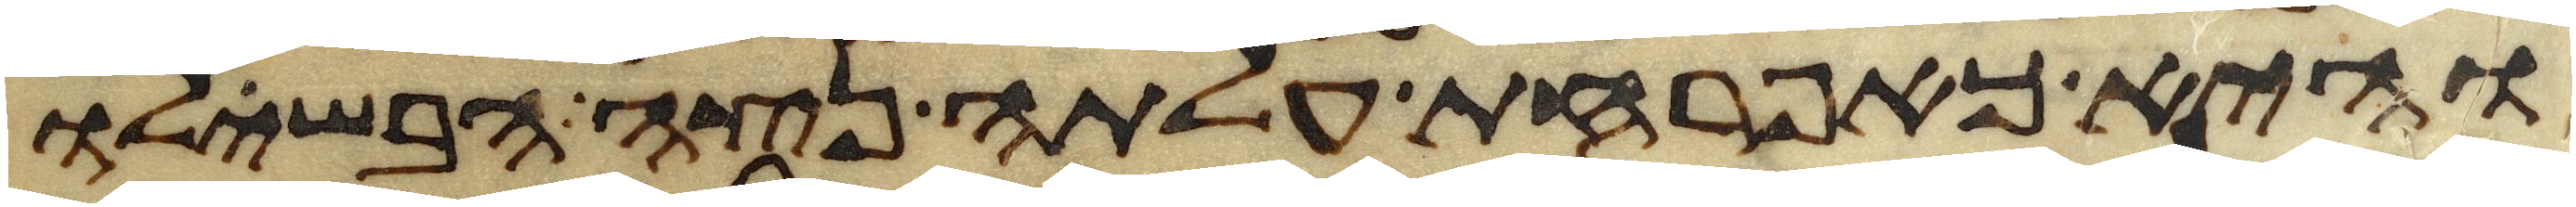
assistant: והיא כאפרחת עלתה נצה הבשילו